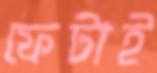
ফেটাই